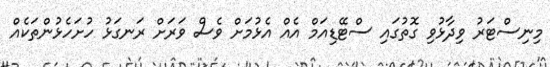
މިނިސްޓަރު ވިދާޅުވި ގޮތުގައި ސްޓޭޑިއަމް އެއް އެޅުމަށް ވެސް ވަރަށް ރަނގަޅު ހުށަހެޅުންތަކެއް